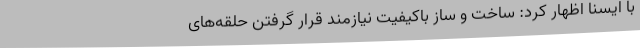
با ایسنا اظهار کرد: ساخت و ساز باکیفیت نیازمند قرار گرفتن حلقه‌های